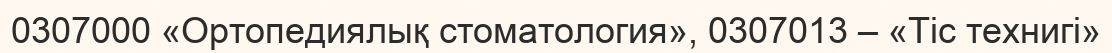
0307000 «Ортопедиялық стоматология», 0307013 – «Тіс технигі»